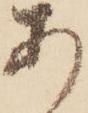
あ